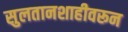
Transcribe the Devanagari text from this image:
सुलतानशाहीवरून